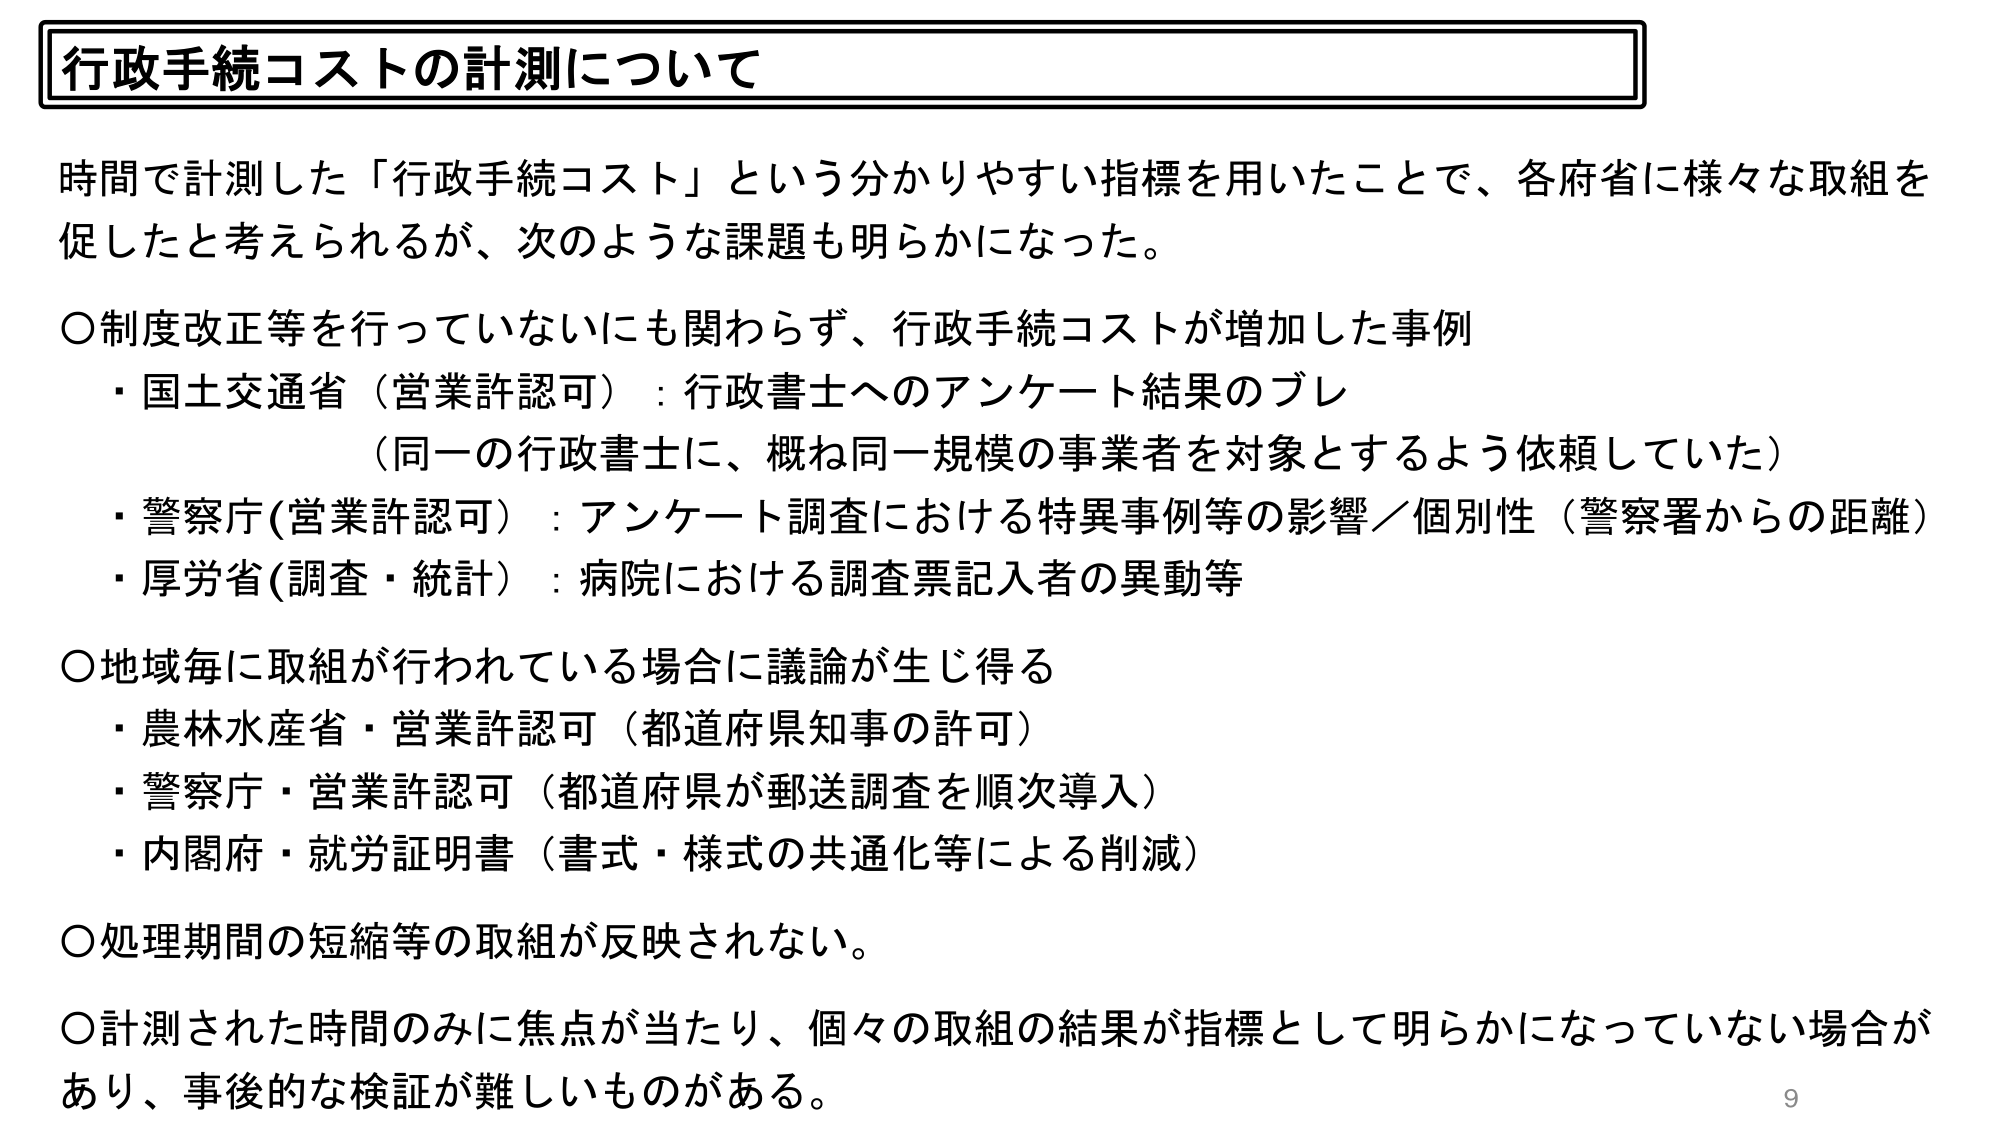
行政手続コストの計測について

時間で計測した「行政手続コスト」という分かりやすい指標を用いたことで、各府省に様々な取組を促したと考えられるが、次のような課題も明らかになった。

〇制度改正等を行っていないにも関わらず、行政手続コストが増加した事例
・国土交通省（営業許認可）：行政書士へのアンケート結果のブレ
　（同一の行政書士に、概ね同一規模の事業者を対象とするよう依頼していた）
・警察庁（営業許認可）：アンケート調査における特異事例等の影響／個別性（警察署からの距離）
・厚労省（調査・統計）：病院における調査票記入者の異動等

〇地域毎に取組が行われている場合に議論が生じ得る
・農林水産省・営業許認可（都道府県知事の許可）
・警察庁・営業許認可（都道府県が郵送調査を順次導入）
・内閣府・就労証明書（書式・様式の共通化等による削減）

〇処理期間の短縮等の取組が反映されない。

〇計測された時間のみに焦点が当たり、個々の取組の結果が指標として明らかになっていない場合があり、事後的な検証が難しいものがある。

9